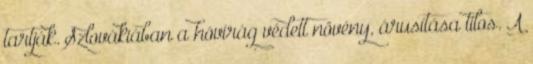
tartják. Szlovákiában a hóvirág védett növény, árusítása tilos. A